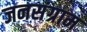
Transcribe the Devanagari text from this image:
जनसंग्राम